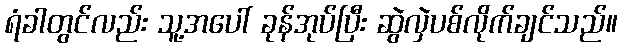
ရံခါတွင်လည်း သူ့အပေါ် ခုန်အုပ်ပြီး ဆွဲလှဲပစ်လိုက်ချင်သည်။